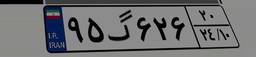
۰۱گ۶۴۰۸۳